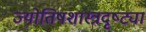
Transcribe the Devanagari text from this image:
ज्योतिषशास्त्रदृष्ट्या